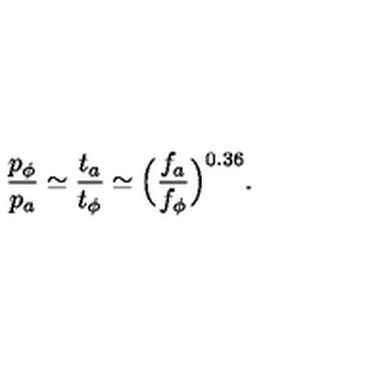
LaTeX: \frac { p _ { \phi } } { p _ { a } } \simeq \frac { t _ { a } } { t _ { \phi } } \simeq \Big ( \frac { f _ { a } } { f _ { \phi } } \Big ) ^ { 0 . 3 6 } .